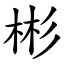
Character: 彬